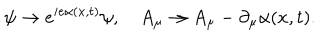
LaTeX: \psi \rightarrow e ^ { i e \alpha ( x , t ) } \psi , \quad A _ { \mu } \rightarrow A _ { \mu } - \partial _ { \mu } \alpha ( x , t ) .